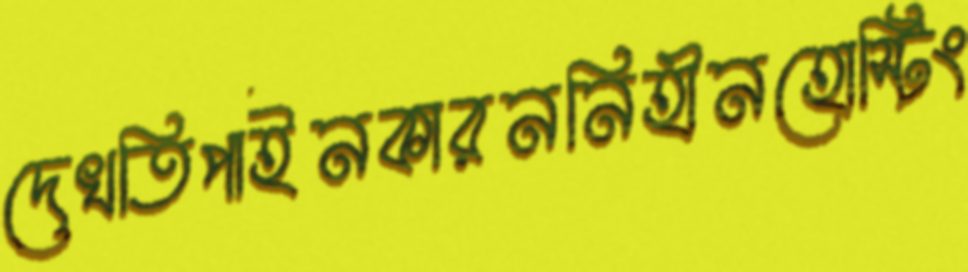
দেখতিপাইনকারননিহীনহোস্টিং